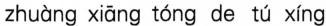
zhuàng xiāng tóng de tú xíng